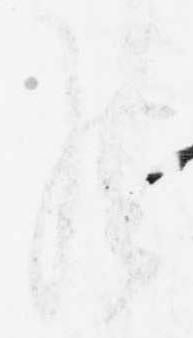
候